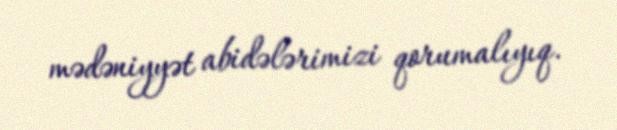
mədəniyyət abidələrimizi qorumalıyıq.